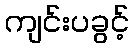
ကျင်းပခွင့်